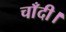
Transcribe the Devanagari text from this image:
चाँदी।